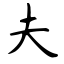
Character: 夫